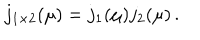
LaTeX: j _ { 1 \times 2 } ( \mu ) = j _ { 1 } ( \mu ) j _ { 2 } ( \mu ) \, .